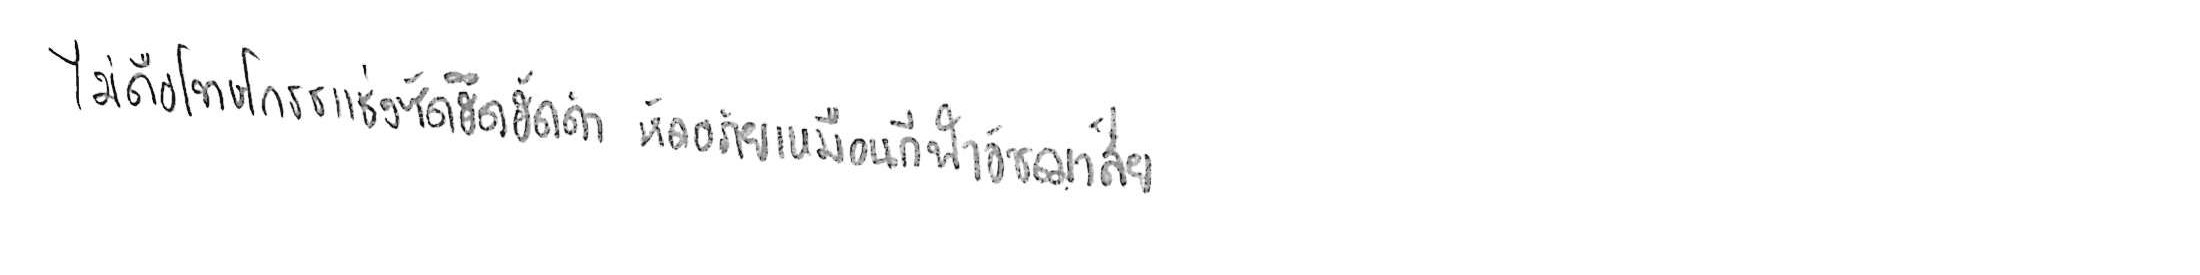
ไม่ถือโทษโกรธแช่งซัดฮึดฮัดด่า หัดอภัยเหมือนกีฬาอัชฌาสัย